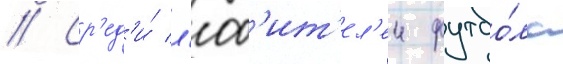
// Ср'ед'и́ л'юб'ит'ел'еи футбо́ла